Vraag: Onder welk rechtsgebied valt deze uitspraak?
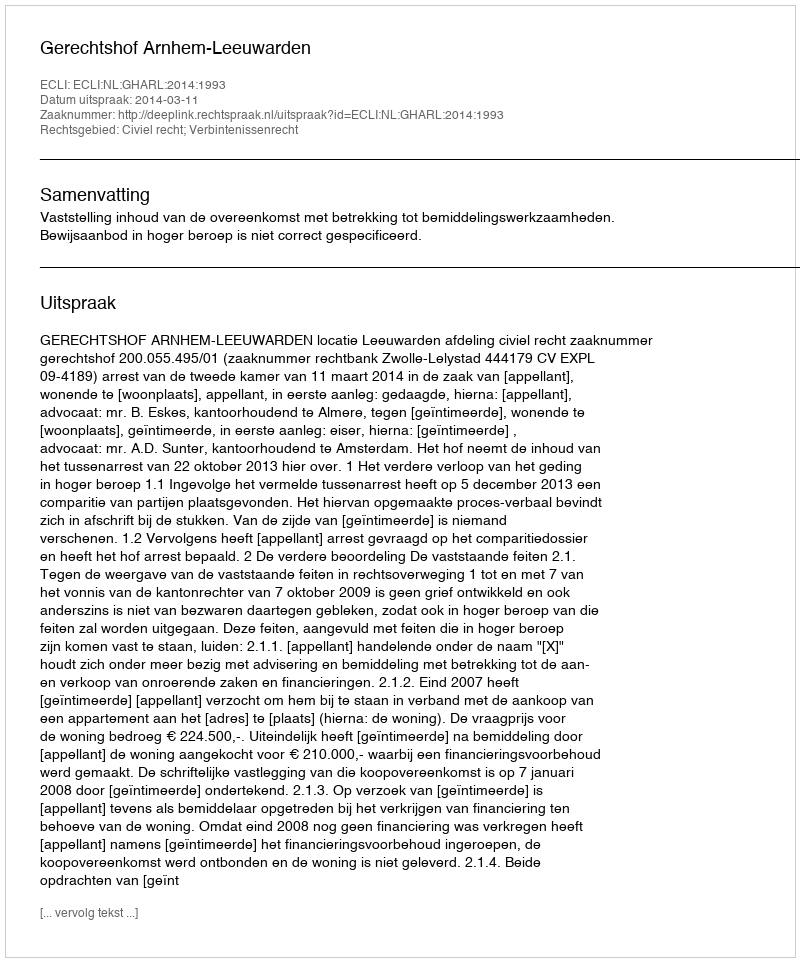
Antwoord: Civiel recht; Verbintenissenrecht